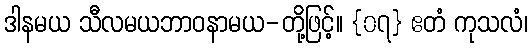
ဒါနမယ သီလမယဘာဝနာမယ-တို့ဖြင့်။ {၀၇} ဧတံ ကုသလံ၊